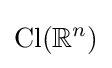
\mathrm {Cl} (\mathbb {R} ^{n})